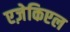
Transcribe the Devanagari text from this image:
एज़ेकिएल